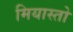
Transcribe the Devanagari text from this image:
मियास्तो